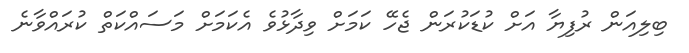
ބިލިއަން ރުފިޔާ އަށް ކުޑަކުރަން ޖެހޭ ކަމަށް ވިދާޅުވެ އެކަމަށް މަސައްކަތް ކުރައްވާނެ